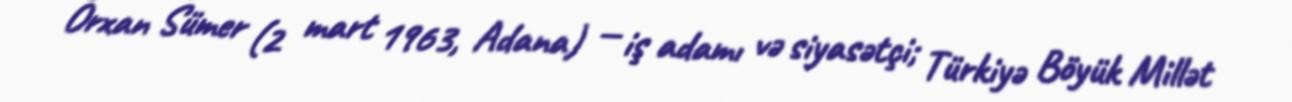
Orxan Sümer (2 mart 1963, Adana) — iş adamı və siyasətçi; Türkiyə Böyük Millət